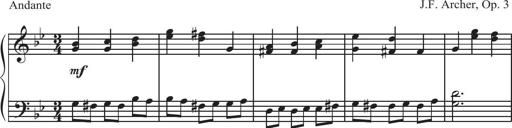
Title: Sonatina Espania
Composer: Jerald Franklin Archer
Key: Various